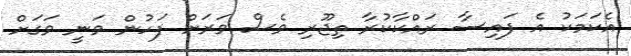
އެކަމަކު އެ ފައިސާ ރައްކާކުރާ ތިޖޫރި ވެސް ވަރަށް ފަހުން ވަނީ ވަގަށް